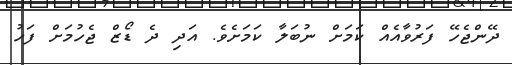
ދޭންޖެހޭ ފަރުވާއެއް ކަމަށް ނުބަލާ ކަމަށެވެ. އަދި ދެ ޑޯޒް ޖެހުމަށް ފަހު